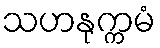
သဟနုက္ကမံ